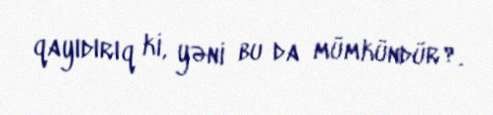
qayıdırıq ki, yəni bu da mümkündür?.